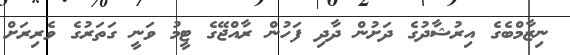
ނިޒާމްބެގެ އިރުޝާދުގެ ދަށުން ދާދި ފަހުން ރާއްޖޭގެ ޓީމު ވަނީ ގަތަރުގެ ވެރިރަށް